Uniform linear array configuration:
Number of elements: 24
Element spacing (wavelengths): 0.25
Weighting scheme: cosine
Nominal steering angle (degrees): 60
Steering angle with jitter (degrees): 61.179
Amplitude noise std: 0.05
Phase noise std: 0.05

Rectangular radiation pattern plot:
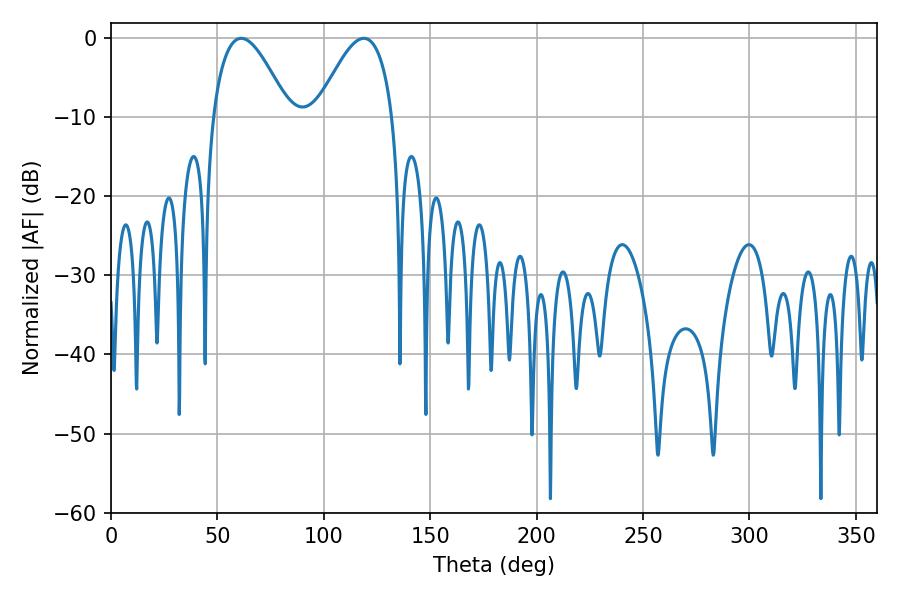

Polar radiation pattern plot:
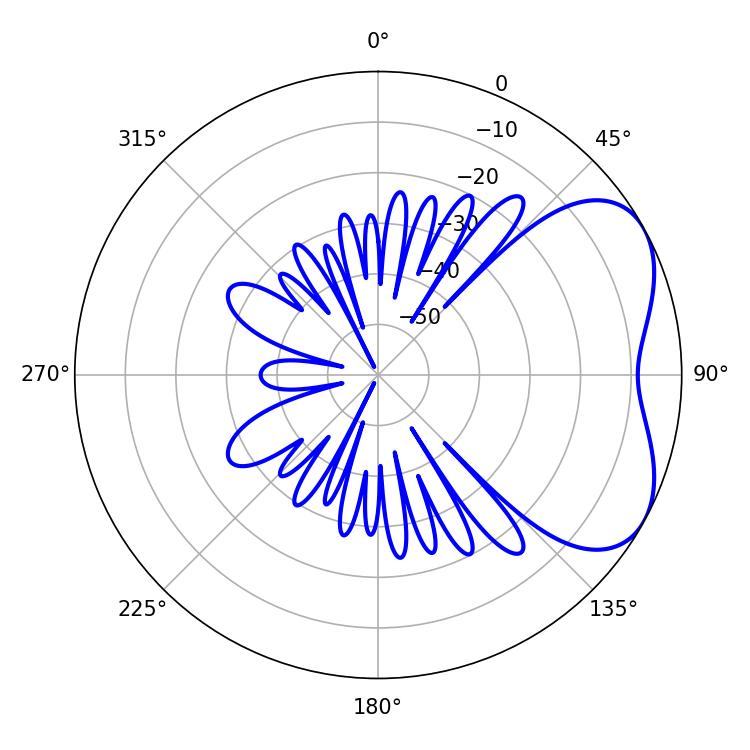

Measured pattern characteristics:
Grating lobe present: FALSE
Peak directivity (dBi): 4.707
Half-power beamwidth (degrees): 19.44
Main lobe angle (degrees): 61.2